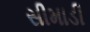
સીમાડી